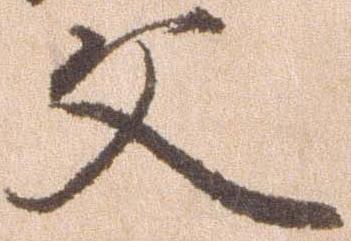
文